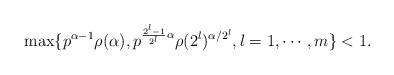
LaTeX: \begin{align*}\max\{p^{\alpha-1}\rho(\alpha),p^{\frac{2^l-1}{2^l}\alpha}\rho(2^l)^{\alpha/2^l},l=1,\cdots,m\}<1.\end{align*}